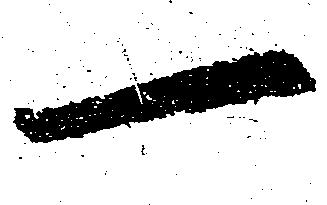
一